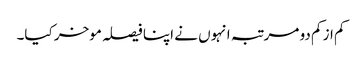
کم از کم دو مرتبہ انہوں نے اپنا فیصلہ موخر کیا۔